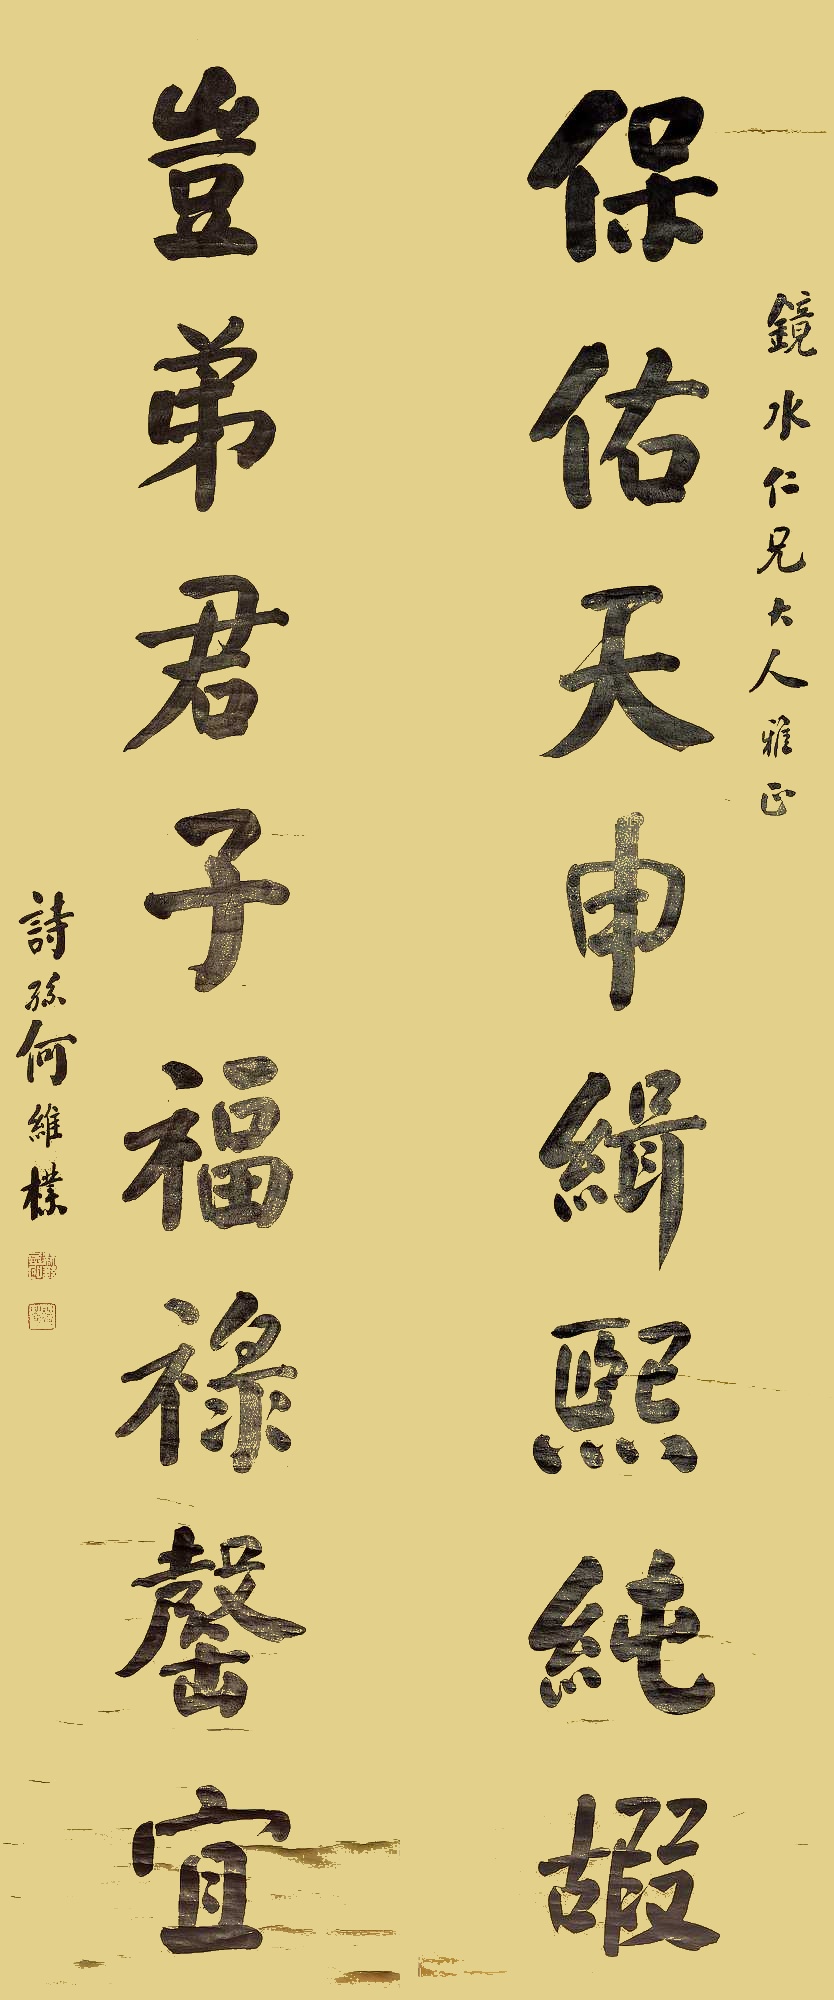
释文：保佑天申缉熙纯嘏，岂弟君子福禄罄宜。镜水仁兄大人雅正，诗孙何维朴。